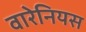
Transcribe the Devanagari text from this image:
वारेनियस